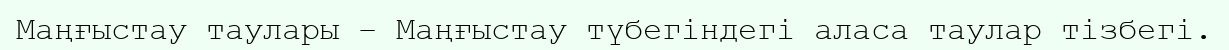
Маңғыстау таулары – Маңғыстау түбегіндегі аласа таулар тізбегі.